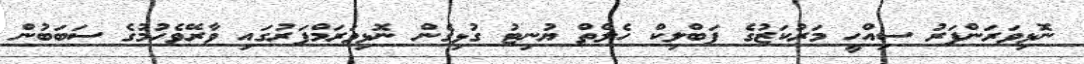
ނޮޅިވަރަންފަރު ސިއްހީ މަރުކަޒުގެ ޕަބްލިކް ހެލްތް ޔުނިޓު ގުޅިގެން ނޮޅިވަރަމްފަރުގައި ވާރޭވެހުމުގެ ސަބަބުން